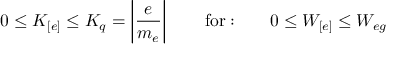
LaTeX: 0 \leq K _ { [ e ] } \leq K _ { q } = \left| \frac { e } { m _ { e } } \right| \qquad \mathrm { f o r : } \qquad 0 \leq W _ { [ e ] } \leq W _ { e g }